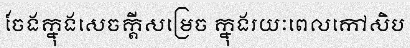
ចែងក្នុងសេចក្តីសម្រេច ក្នុងរយៈពេលកៅសិប